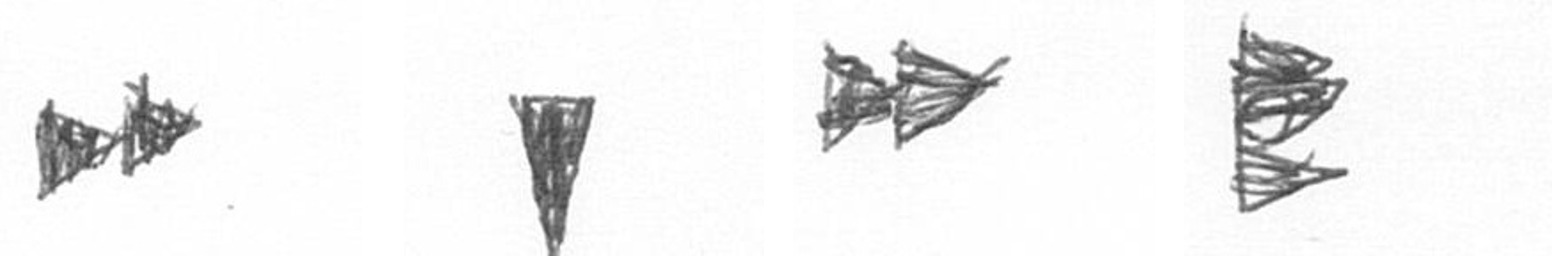
A J A H